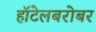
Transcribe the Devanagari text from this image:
हॉटेलबरोबर